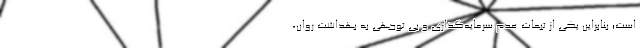
است؛ بنابراین یکی از تبعات عدم سرمایه‌گذاری و بی توجهی به بهداشت روان،